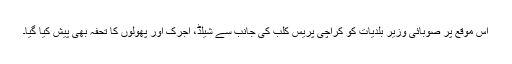
اس موقع پر صوبائی وزیر بلدیات کو کراچی پریس کلب کی جانب سے شیلڈ، اجرک اور پھولوں کا تحفہ بھی پیش کیا گیا۔